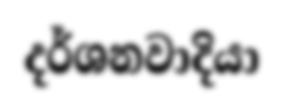
දර්ශනවාදියා